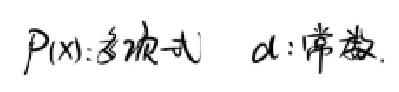
$P(x)$:多项式  $\alpha$:常数